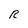
Character: R